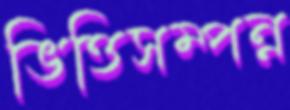
ভিত্তিসম্পন্ন